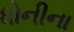
ધોનીના